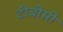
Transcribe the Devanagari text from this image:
टीबीसी